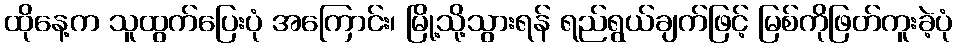
ထိုနေ့က သူထွက်ပြေးပုံ အကြောင်း၊ မြို့သို့သွားရန် ရည်ရွယ်ချက်ဖြင့် မြစ်ကိုဖြတ်ကူးခဲ့ပုံ